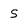
Character: s